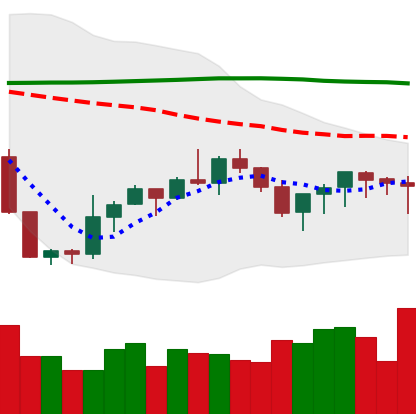
Ticker: XMR-USD
Chart end date: 2019-09-16
Forward return: -3.342%
Label: down_3_5